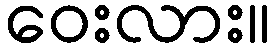
ဝေးလား။